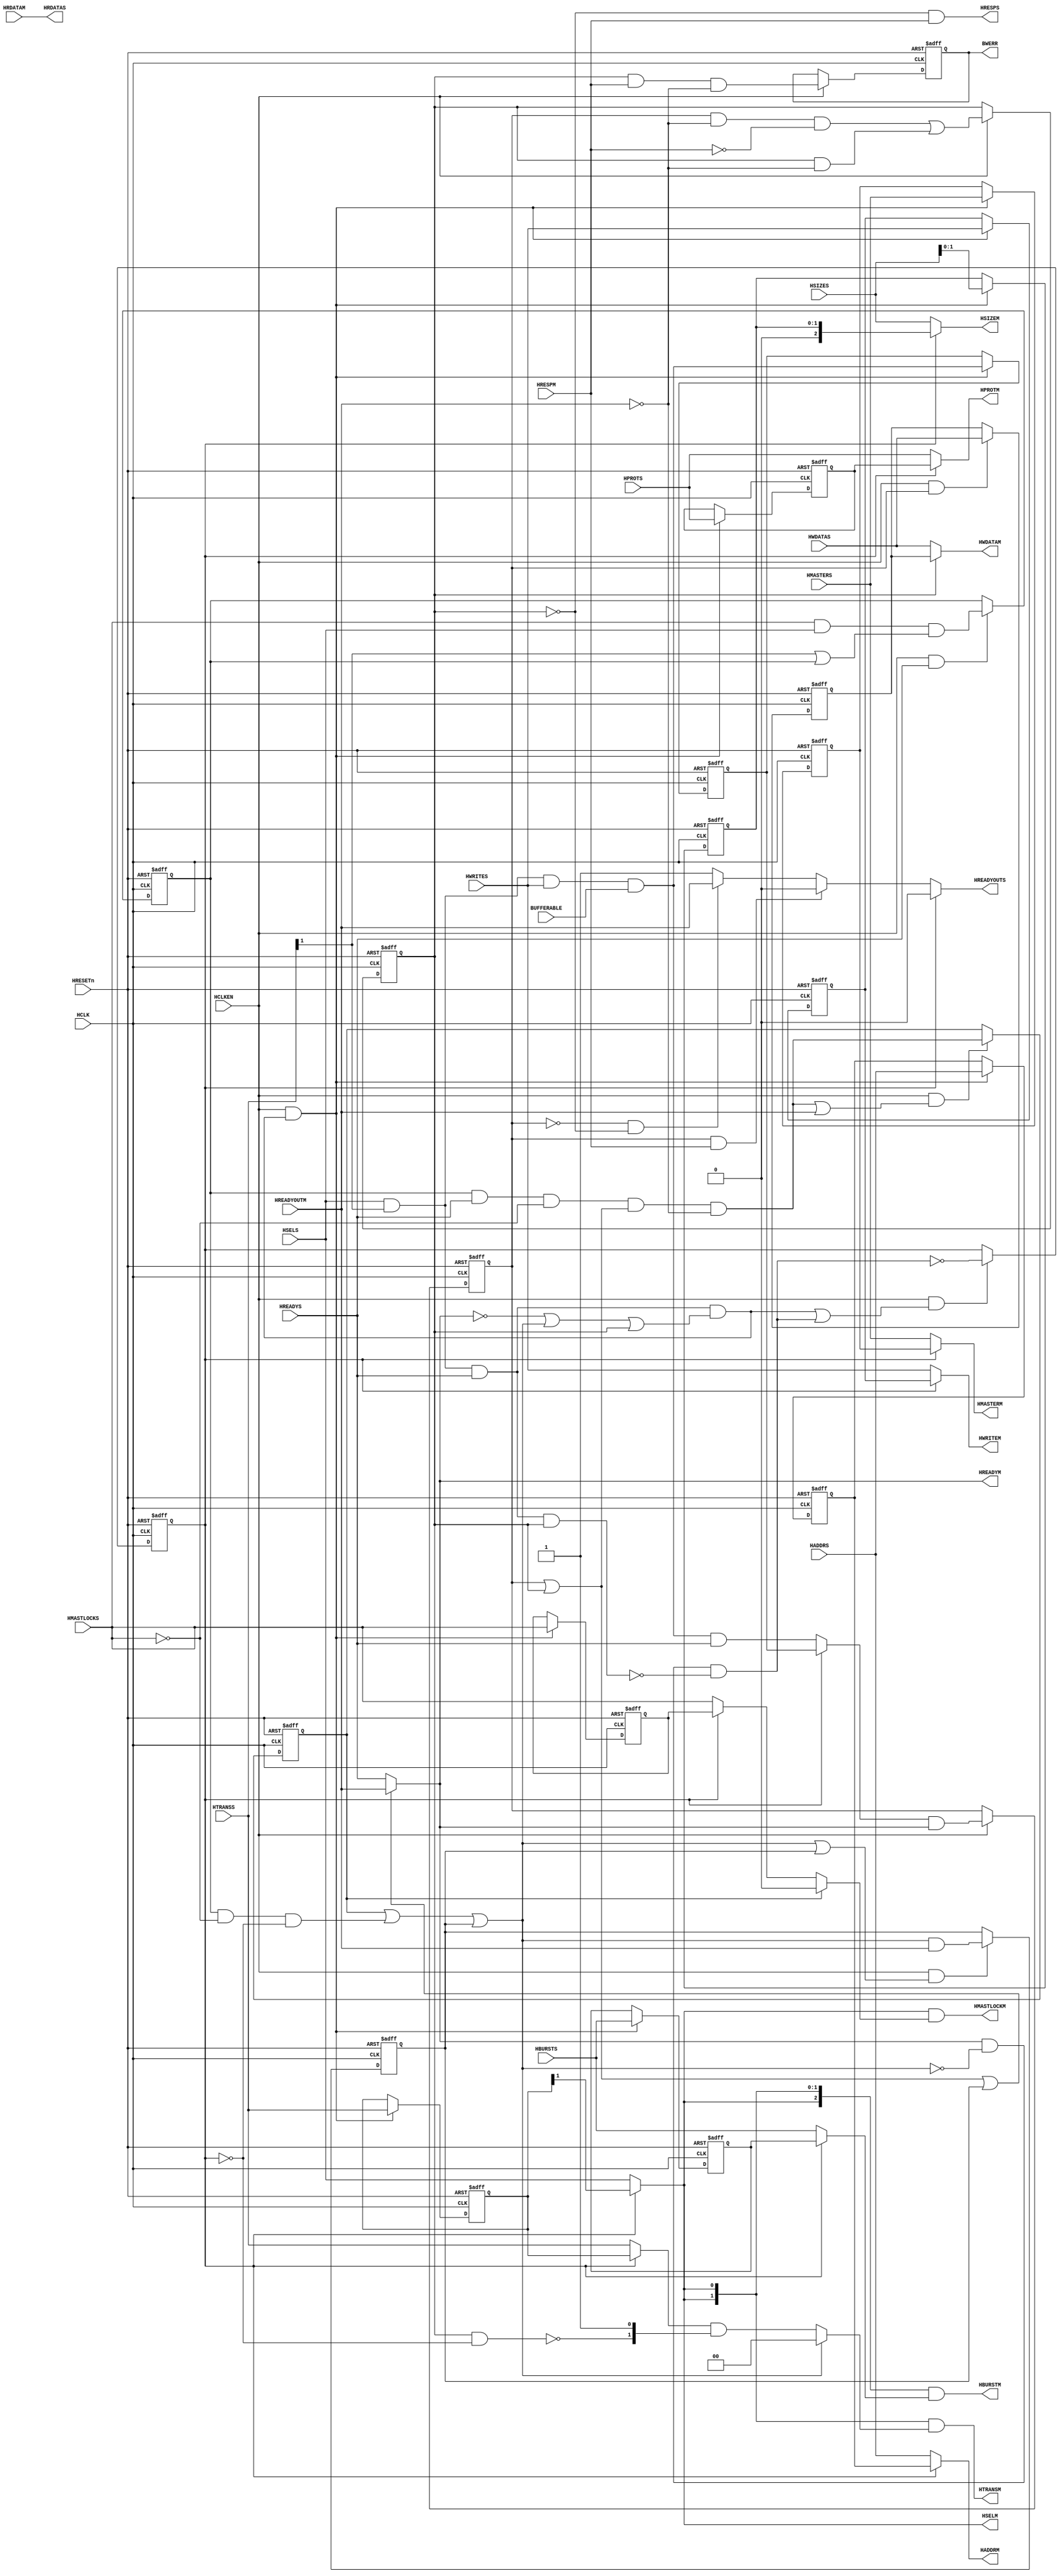
//-----------------------------------------------------------------------------
// The confidential and proprietary information contained in this file may
// only be used by a person authorised under and to the extent permitted
// by a subsisting licensing agreement from ARM Limited.
//
//            (C) COPYRIGHT 2011-2013 ARM Limited.
//                ALL RIGHTS RESERVED
//
// This entire notice must be reproduced on all copies of this file
// and copies of this file may only be made by a person if such person is
// permitted to do so under the terms of a subsisting license agreement
// from ARM Limited.
//
//      SVN Information
//
//      Checked In          : $Date: 2013-04-10 15:07:36 +0100 (Wed, 10 Apr 2013) $
//
//      Revision            : $Revision: 243494 $
//
//      Release Information : Cortex-M System Design Kit-r1p0-01rel0
//
//-----------------------------------------------------------------------------
//-----------------------------------------------------------------------------
// Abstract : AHB write buffer
//-----------------------------------------------------------------------------

module cmsdk_ahb_to_ahb_sync_wb
  #(
   // -------------------------------------------------------------------------
   // Parameters
   // -------------------------------------------------------------------------
   parameter       AW    = 32,  // Define the address width
   parameter       DW    = 32,  // Define the data width
   parameter       MW    = 4    // Define the master number width
   )
  (
  // --------------------------------------------------------------------------
  // I/O declaration
  // --------------------------------------------------------------------------
  input  wire           HCLK,       // Clock
  input  wire           HRESETn,    // Reset

  input  wire           HCLKEN,     // Clock enable signal to allow AHB operate at a divided clock speed

  input  wire           BUFFERABLE, // Indicate transfer is bufferable.
                                    // This can be abstracted from HPROT[2], or
                                    // alternatively this can be decode from memory address

  // AHB connection to master
  input  wire           HSELS,
  input  wire  [AW-1:0] HADDRS,
  input  wire     [1:0] HTRANSS,
  input  wire     [2:0] HSIZES,
  input  wire           HWRITES,
  input  wire           HREADYS,
  input  wire     [3:0] HPROTS,
  input  wire  [MW-1:0] HMASTERS,
  input  wire           HMASTLOCKS,
  input  wire  [DW-1:0] HWDATAS,
  input  wire     [2:0] HBURSTS,

  output wire           HREADYOUTS,
  output wire           HRESPS,
  output wire  [DW-1:0] HRDATAS,

  // AHB connection to slave
  output wire           HSELM,
  output wire  [AW-1:0] HADDRM,
  output wire     [1:0] HTRANSM,
  output wire     [2:0] HSIZEM,
  output wire           HWRITEM,
  output wire           HREADYM,
  output wire     [3:0] HPROTM,
  output wire  [MW-1:0] HMASTERM,
  output wire           HMASTLOCKM,
  output wire  [DW-1:0] HWDATAM,
  output wire     [2:0] HBURSTM,

  input  wire           HREADYOUTM,
  input  wire           HRESPM,
  input  wire  [DW-1:0] HRDATAM,

  output wire           BWERR);     // Bufferable write error signal, valid for one HCLK cycle

// Parameter to define behavior
localparam      AHB_COMPLIANT_LVL = 1; // Should be set to 1
// Level 0 - Not fully AHB compliant. Address phase signals appear on master port
//           might not follow AHB Lite protocol during switching of control path
//           when the write buffer is not selected.  It is not a problem provided
//           that the downstream AHB slaves ignore the address phase signals when
//           HSEL is low.
//           Also IDLE transfer do not get insert in unlocking.
// Level 1 - AHB Lite compliant. Transfers are masked if device is not selected.
//           This might affect timing (maximum frequency) and slightly increase the
//           area.
//           When changing from a locked transfer to an unlocked transfer, an
//           IDLE cycle will be inserted. (AMBA 3 recommendation)

  // --------------------------------------------------------------------------------
  // Derived parameters

  localparam       HSIZE_W   = (DW > 64) ? 3 : 2; // Width of HSIZE that need to be stored
  localparam       HSIZE_MAX = HSIZE_W - 1;       // MSB of HSIZE register

 // --------------------------------------------------------------------------------
 // Internal wires declarations
 // --------------------------------------------------------------------------------
  // Address phase buffer
  reg     [AW-1:0] reg_haddr;
  reg        [1:0] reg_htrans;
  reg              reg_hwrite;
  reg [HSIZE_MAX:0] reg_hsize;
  reg     [MW-1:0] reg_hmasters;
  reg              reg_hmastlocks;
  reg        [2:0] reg_hburst;
  reg        [3:0] reg_hprot;
  wire       [2:0] reg_hsize_padded;

  // write data buffer for buffered write
  reg     [DW-1:0] reg_hwdata;

  reg              reg_bufferable;    // Current transfer in buffer is a bufferable transfer
  wire             nxt_bufferable;    // next state of reg_bufferable
  wire             bufferable_m;      // Master side bufferable transfer (address phase)
  reg              reg_bufferable_m;  // Master side bufferable transfer (data phase)

  reg              reg_buf_pend;      // A transfer is held in address phase buffer
  wire             set_buf_pend;      // set reg_buf_pend
  wire             clr_buf_pend;      // clear reg_buf_pend

  reg              reg_bufwr_running; // Buffered write is running (data phase of buffered write)
  wire             nxt_bufwr_running; // next state for reg_bufwr_running

  reg              reg_locked_data_phase_s; // locked transfer on slave interface
  wire             nxt_locked_data_phase_s; // locked transfer on slave interface
  wire             unlock_s;                // unlock operation on slave interface

  reg              reg_unlock_idle_req;     // Unlock operation is required & downstream AHB have not seen the unlock yet
  wire             set_unlock_idle_req;     // Set control for reg_unlock_idle_req
  wire             clr_unlock_idle_req;     // Clear control for reg_unlock_idle_req

  reg              idle_injection_done;     // Data phase of idle injection
  wire             idle_injection_early;    // Suppress HTRANS when HMASTLOCK switch low when a locked transfer is running
  wire             idle_injection_now;      // Indicate idle injection is needed for unlocking
  wire             idle_injection_now_2;    // Indicate idle injection is needed delaying HTRANS going to downstream AHB

  wire             address_phase_output_sel; // Address phase signal output select.
                                             // 0 = bypass
                                             // 1 = from Address Phase buffer
  wire             trans_valid;       // Incoming Transfer valid
  wire             trans_valid_rdy;   // Incoming Transfer valid and HREADYS is 1 (accept)

  wire             hreadym_mux;       // Multiplexer for HREADYM sent back to downstream AHB slaves
  reg              hreadouts_mux;     // HREADYOUTS multiplexer feedback to master

  reg              reg_bwerr;         // Generate a one cycle pulse when a buffered write receive error
  wire             nxt_bwerr;

                                      // Signals to mask tansfers if AHB compliant is required
  wire             i_hsel;            // HSEL at output port
  wire       [1:0] i_htrans;          // internal version of HTRANS output before masking
  wire       [2:0] i_hburst;          // internal version of HBURST output before masking
  wire             i_hmastlock;       // internal version of HMASTLOCK output before masking
  // --------------------------------------------------------------------------------
  // Start of main code
  // --------------------------------------------------------------------------------

  assign    trans_valid     = HSELS & HTRANSS[1];
  assign    trans_valid_rdy = trans_valid & HREADYS;

  // Decide bufferable or non-bufferable
  // - Must be a valid write transfers
  // - Indicated as bufferable
  assign    nxt_bufferable  = trans_valid & HWRITES & BUFFERABLE;

  // Current transfer on AHB master interface (address phase) is bufferable
  assign    bufferable_m  = (address_phase_output_sel) ? reg_bufferable  : (nxt_bufferable & HREADYS);

  // Data phase on master interface is bufferable
  // (Valid only on the first cycle of the data phase)
  always @(posedge HCLK or negedge HRESETn)
    begin : p_reg_bufferable_m
    if (~HRESETn)
      reg_bufferable_m <= 1'b0;
    else if (HCLKEN)
      reg_bufferable_m <= bufferable_m & hreadym_mux;
    end

  // Bufferable write will not happen for transfer with zero wait state
  // or if the first cycle of the transfer got an error response.
  assign nxt_bufwr_running = (reg_bufferable_m  & (~HREADYOUTM) & (~HRESPM)) |
                             (reg_bufwr_running & (~HREADYOUTM));
                             // This signal is deasserted at the end of the transfer

  always @(posedge HCLK or negedge HRESETn)
    begin : p_reg_bufwr_running
    if (~HRESETn)
      reg_bufwr_running <= 1'b0;
    else if (HCLKEN)
      reg_bufwr_running <= nxt_bufwr_running;
    end

  //--------------------------------------------------------------------
  // Address phase buffer
  //   Store transfer in buffer if
  //    - device is selected and
  //    - HREADYS is high, and
  //    - downstream AHB slave has not accept the transfer
  always @(posedge HCLK or negedge HRESETn)
    begin : p_address_phase_buffers
     if (~HRESETn)
       begin
       reg_haddr       <= {AW{1'b0}};
       reg_htrans      <= {2{1'b0}};
       reg_hwrite      <= 1'b0;
       reg_hsize       <= {HSIZE_W{1'b0}};
       reg_hmasters    <= {MW{1'b0}};
       reg_hmastlocks  <= 1'b0;
       reg_hburst      <= {3{1'b0}};
       reg_hprot       <= {4{1'b0}};
       reg_bufferable  <= 1'b0;
       end
     else if (HCLKEN & set_buf_pend)
       begin
       reg_haddr       <= HADDRS;
       reg_htrans      <= HTRANSS;
       reg_hwrite      <= HWRITES;
       reg_hsize       <= HSIZES[HSIZE_MAX:0];
       reg_hmasters    <= HMASTERS;
       reg_hmastlocks  <= HMASTLOCKS;
       reg_hburst      <= HBURSTS;
       reg_hprot       <= HPROTS;
       reg_bufferable  <= nxt_bufferable;
       end
    end

  // Add padding to store HSIZE if needed
  assign reg_hsize_padded[2]   = (DW > 64) ? reg_hsize[HSIZE_MAX] : 1'b0;
  assign reg_hsize_padded[1:0] = reg_hsize[1:0];

  // Set reg_buf_pend when a transfer is loaded into the hold buffer
  //  which happen when a new transfer is being accepted (trans_valid_rdy=1), and
  //  if (1) there is wait state on the slave side (e.g. buffered write still on going),
  //     (2) idle is being injected
  assign set_buf_pend = (trans_valid_rdy & ((~hreadym_mux) | idle_injection_now | reg_bufwr_running));

  // Clear reg_buf_pend when a held transfer is output to the downstrem AHB slaves.
  // Note: If idle_injection_now is 1, then current output is idle, so not not clear the
  //       reg_buf_pend
  assign clr_buf_pend = hreadym_mux & (~idle_injection_now) & (~ (trans_valid_rdy & reg_bufwr_running));

  // Register buffer filled status
  always @(posedge HCLK or negedge HRESETn)
    begin : p_reg_buf_pend
    if (~HRESETn)
      reg_buf_pend <= 1'b0;
    else if (HCLKEN & (set_buf_pend | clr_buf_pend))
      reg_buf_pend <= ~clr_buf_pend;  // Clear has higher priority
    end

  assign address_phase_output_sel = reg_buf_pend;

  //--------------------------------------------------------------------
  // Unlock Idle insertion - enable when AHB_COMPLIANT_LVL localparam is non-zero

  wire idle_inject_enable = (AHB_COMPLIANT_LVL!= 0);

  // first - determine lock transfer sequence (Note: idle can be part of a locked transfers)
  assign nxt_locked_data_phase_s = HMASTLOCKS & HSELS & (HTRANSS[1] | reg_locked_data_phase_s) & idle_inject_enable;

  always @(posedge HCLK or negedge HRESETn)
    begin : p_reg_locked_data_phase_s
    if (~HRESETn)
      reg_locked_data_phase_s <= 1'b0;
    else if (HCLKEN & HREADYS)
      reg_locked_data_phase_s <= nxt_locked_data_phase_s;
    end

  // Detection of unlock operation from upstream AHB
  assign unlock_s = reg_locked_data_phase_s & HREADYS & (~HMASTLOCKS) & idle_inject_enable;

  // Detect if unlock idle transfer is required
  // - unlocking take place, but
  // - down stream AHB couldn't see it as buffered write still on going
  assign set_unlock_idle_req = unlock_s & (reg_bufferable_m|reg_bufwr_running) & (~HREADYOUTM);

  assign clr_unlock_idle_req = HREADYOUTM;

  // Registering unlock request - assert after transfer is commited.
  // When the unlocked transfer is in the holding buffer, this is set to 1
  always @(posedge HCLK or negedge HRESETn)
    begin : p_reg_unlock_idle_req
    if (~HRESETn)
      reg_unlock_idle_req <= 1'b0;
    else if (HCLKEN & (set_unlock_idle_req|clr_unlock_idle_req))
      reg_unlock_idle_req <= set_unlock_idle_req;
    end

  // If a valid unlocking transfer come up, they need to be
  // blocked so that we can carry out unlock IDLE operation first.
  // - locked transfer data phase is running (reg_locked_data_phase_s=1)
  // - new transfer is unlock
  // - Current output stage is not output transfer from stored buffer
  // - Idle injection is enabled
  assign idle_injection_early = reg_locked_data_phase_s & (~HMASTLOCKS) & (~reg_buf_pend) & idle_inject_enable;

  // When this is set, downstream AHB will see IDLE transfer
  // - unlocking transfer is in holding buffer, or
  // - unlocking transfer is from up stream AHB and there is nothing in holding buffer
  assign idle_injection_now = reg_unlock_idle_req | idle_injection_early  | idle_injection_done;
  // When buffered write is on going, bus master can have active transfer going to downstream AHB
  // At this stage, HREADYM (to downstream AHB slaves) will reflect HREADYOUTM (input).
  // However, HREADYS can be low due to a previous transfer to another AHB slave (parallel to the write buffer)
  // and therefore should not be transferred to downstream AHB until the transfer has been committed.
  // Therefore we block HTRANSM to IDLE/BUSY suring buffered write (unless reg_buf_pend is high
  // showing that the transfer is committed.
  assign idle_injection_now_2 = (reg_bufwr_running & (~reg_buf_pend));

  // Registering unlock request to data phase
  always @(posedge HCLK or negedge HRESETn)
    begin : p_idle_injection_done
    if (~HRESETn)
      idle_injection_done <= 1'b0;
    else if (HCLKEN & (idle_injection_now | idle_injection_done))
      idle_injection_done <= idle_injection_now & HREADYOUTM & idle_inject_enable;
    end

  //--------------------------------------------------------------------
  // Output transfer in buffer when buffer is filled

  // Output address phase signals
  assign HADDRM      = (address_phase_output_sel) ? reg_haddr       : HADDRS;
  assign i_htrans    = (idle_injection_now) ? 2'b00 :
         ( ((address_phase_output_sel) ? reg_htrans : HTRANSS) &
           {(~idle_injection_now_2), 1'b1} );
  assign HWRITEM     = (address_phase_output_sel) ? reg_hwrite      : HWRITES;
  assign HSIZEM      = (address_phase_output_sel) ? reg_hsize_padded: HSIZES;
  assign HMASTERM    = (address_phase_output_sel) ? reg_hmasters    : HMASTERS;
  assign i_hmastlock = (reg_unlock_idle_req)   ? 1'b0 :
                       (address_phase_output_sel) ? reg_hmastlocks  : HMASTLOCKS;
  assign i_hburst    = (address_phase_output_sel) ? reg_hburst      : HBURSTS;
  assign HPROTM      = (address_phase_output_sel) ? reg_hprot       : HPROTS;
  assign i_hsel      = (address_phase_output_sel) ? reg_htrans[1]   : HSELS;

  // Mask transfers if not selected if AHB_COMPLIANT_LVL is non-zero (require compliant).
  // When buffered write is on going, any transfer can appear on the slave interface
  // (driven by up stream AHB) because transfers to other device can start without
  // waiting for current transfer to finish. This will result in protocol violation
  // unless we mask out the transfers which are not selecting the write buffer (HSEL=0).
  assign HSELM       = i_hsel;
  assign HTRANSM     = (AHB_COMPLIANT_LVL==0) ? i_htrans : (({2{i_hsel}}) & i_htrans);
  assign HBURSTM     = (AHB_COMPLIANT_LVL==0) ? i_hburst : (({3{i_hsel}}) & i_hburst);
  assign HMASTLOCKM  = (AHB_COMPLIANT_LVL==0) ? i_hmastlock : (i_hsel & i_hmastlock);
  //--------------------------------------------------------------------
  // Response to master

  // Generate HREADYOUT back to the upstream AHB
  always @(reg_buf_pend or reg_bufferable_m or HRESPM or reg_bufwr_running or HREADYOUTM)
   begin : p_hreadouts_mux
   if (reg_buf_pend)
     hreadouts_mux = 1'b0;  // Wait if a transfer is held in buffer (also cover idle insert)
   else if (reg_bufferable_m & HRESPM)
     hreadouts_mux = 1'b0;  // First cycle of bufferable transfer got error
   else if ((~reg_bufferable_m) & (~reg_bufwr_running))
     hreadouts_mux = HREADYOUTM;  // Non-bufferable transfers
   else // reg_bufferable_m (first cycle) or reg_bufwr_running (remaining cycles) of
        // bufferable transfer
     hreadouts_mux = 1'b1;
   end

  assign HREADYOUTS  = hreadouts_mux; // See above
  assign HRDATAS     = HRDATAM;  // No change for read data
  assign HRESPS      = (~reg_bufwr_running) & HRESPM;  // Suppress error response during buffered write

  //--------------------------------------------------------------------
  // HREADYM seen by downstream AHB slaves
  // Use HREADYOUTM if
  // - during 1st cycle of bufferable write
  // - during rest of bufferable write
  // - data phase of idle inject (unlocking)
  // Otherwise route HREADYS
  assign hreadym_mux = (reg_bufferable_m | reg_bufwr_running  | idle_injection_done) ?
                        HREADYOUTM : HREADYS;

  // Connect to top level
  assign HREADYM     = hreadym_mux;

  //--------------------------------------------------------------------
  // Write data buffer - capture write data in the first cycle of bufferable write
  always @(posedge HCLK or negedge HRESETn)
    begin : p_reg_hwdata
    if (~HRESETn)
      reg_hwdata <= {DW{1'b0}};
    else if (HCLKEN & reg_bufferable_m)
      reg_hwdata <= HWDATAS;
    end

  // Output data in write data buffer during buffered write
  assign HWDATAM = (reg_bufwr_running) ? reg_hwdata : HWDATAS;

  //--------------------------------------------------------------------
  // Generate error pulse in buffered write
  //   - the nxt_bwerr is asserted in the first cycle of the error
  //   - the reg_bwerr is the registered output, which assert at the 2nd cycle
  //     of the error response
  assign nxt_bwerr = reg_bufwr_running & HRESPM & ~HREADYOUTM;

  always @(posedge HCLK or negedge HRESETn)
    begin : p_reg_bwerr
    if (~HRESETn)
      reg_bwerr <= 1'b0;
    else if (HCLKEN)
      reg_bwerr <= nxt_bwerr;
    end

  // Connect to top level
  assign BWERR = reg_bwerr;

 // --------------------------------------------------------------------------------
 // Assertion property
 // --------------------------------------------------------------------------------
`ifdef ARM_AHB_ASSERT_ON
`include "std_ovl_defines.h"

  // when reg_buf_pend is one, HREADYOUTS should be low and
  // therefore trans_valid_rdy should be low
  assert_never
    #(`OVL_ERROR,`OVL_ASSERT,
      "trans_valid_rdy should not be asserted when reg_buf_pend is 1")
  u_ovl_trans_valid_rdy
    (.clk(HCLK), .reset_n(HRESETn),
     .test_expr(trans_valid_rdy & reg_buf_pend & HCLKEN)
     );

  // Signal to indicate data phase on AHB master side
  reg   ovl_reg_data_phase_m;
  wire  ovl_nxt_data_phase_m;

  // OVL Status signals for upstream AHB slave side
  reg   ovl_reg_data_phase_s;
  wire  ovl_nxt_data_phase_s;
  reg   ovl_reg_data_phase_read;
  wire  ovl_nxt_data_phase_read;
  reg   ovl_reg_data_phase_write_bufferable;
  wire  ovl_nxt_data_phase_write_bufferable;
  reg   ovl_reg_data_phase_write_nonbufferable;
  wire  ovl_nxt_data_phase_write_nonbufferable;

  assign  ovl_nxt_data_phase_m      = HSELM & HTRANSM[1]; // master interface side (down stream)
  assign  ovl_nxt_data_phase_s      = trans_valid;        // slave  interface side (up stream)
  assign  ovl_nxt_data_phase_read   = trans_valid & (~HWRITES);
  assign  ovl_nxt_data_phase_write_bufferable    = trans_valid & HWRITES &   BUFFERABLE;
  assign  ovl_nxt_data_phase_write_nonbufferable = trans_valid & HWRITES & (~BUFFERABLE);

  // Indicate data phase in Up stream AHB (S)
  always @(posedge HCLK or negedge HRESETn)
    begin
    if (~HRESETn)
      begin
      ovl_reg_data_phase_s                    <= 1'b0;
      ovl_reg_data_phase_read                 <= 1'b0;
      ovl_reg_data_phase_write_bufferable     <= 1'b0;
      ovl_reg_data_phase_write_nonbufferable  <= 1'b0;
      end
    else if (HCLKEN & HREADYS)
      begin
      ovl_reg_data_phase_s                    <= ovl_nxt_data_phase_s;
      ovl_reg_data_phase_read                 <= ovl_nxt_data_phase_read;
      ovl_reg_data_phase_write_bufferable     <= ovl_nxt_data_phase_write_bufferable;
      ovl_reg_data_phase_write_nonbufferable  <= ovl_nxt_data_phase_write_nonbufferable;
      end
    end

  // Indicate data phase in down stream AHB (M)
  always @(posedge HCLK or negedge HRESETn)
    begin
    if (~HRESETn)
      ovl_reg_data_phase_m   <= 1'b0;
    else if (HCLKEN & HREADYM)
      ovl_reg_data_phase_m   <= ovl_nxt_data_phase_m;
    end

  reg   [3:0]  ovl_reg_outstanding_counter;
  reg   [3:0]  ovl_nxt_outstanding_counter;
  wire         ovl_outstanding_counter_up   = ovl_reg_data_phase_s & HREADYOUTS;
  wire         ovl_outstanding_counter_down = ovl_reg_data_phase_m & HREADYOUTM;

  // Check outstanding transfer
  always @(ovl_reg_outstanding_counter or ovl_outstanding_counter_up or
          ovl_outstanding_counter_down)
  begin
  case ({ovl_outstanding_counter_up, ovl_outstanding_counter_down})
    2'b00 : ovl_nxt_outstanding_counter = ovl_reg_outstanding_counter;
    2'b01 : if (ovl_reg_outstanding_counter != 4'h0) ovl_nxt_outstanding_counter = ovl_reg_outstanding_counter - 1'b1; else ovl_nxt_outstanding_counter = ovl_reg_outstanding_counter;
    2'b10 : if (ovl_reg_outstanding_counter != 4'hf) ovl_nxt_outstanding_counter = ovl_reg_outstanding_counter + 1'b1; else ovl_nxt_outstanding_counter = ovl_reg_outstanding_counter;
    2'b11 : ovl_nxt_outstanding_counter = ovl_reg_outstanding_counter;
    default : ovl_nxt_outstanding_counter = 4'hx;
  endcase
  end

  // Register outstanding counter
  always @(posedge HCLK or negedge HRESETn)
    begin
    if (~HRESETn)
      ovl_reg_outstanding_counter   <= {4{1'b0}};
    else if (HCLKEN)
      ovl_reg_outstanding_counter   <= ovl_nxt_outstanding_counter;
    end

  // The buffer depth can only be 0 or 1
  assert_always
    #(`OVL_ERROR,`OVL_ASSERT,
      "Buffer depth error")
  u_ovl_buffer_depth_error
    (.clk(HCLK), .reset_n(HRESETn),
     .test_expr(ovl_reg_outstanding_counter < 4'h2)
     );

  // OVL signals to record last AHB-S address phase
  reg  [AW-1:0]  ovl_reg_haddrs;
  reg     [1:0]  ovl_reg_htranss;
  reg            ovl_reg_hwrites;
  reg     [2:0]  ovl_reg_hsizes;
  reg  [MW-1:0]  ovl_reg_hmasters;
  reg            ovl_reg_hmastlocks;
  reg     [2:0]  ovl_reg_hbursts;
  reg     [3:0]  ovl_reg_hprots;
  reg            ovl_reg_hsels;

  // Capture last AHB transfer on AHB slave interface
  always @(posedge HCLK or negedge HRESETn)
    begin
    if (~HRESETn)
      begin
      ovl_reg_haddrs    <= {AW{1'b0}};
      ovl_reg_htranss   <= {2{1'b0}};
      ovl_reg_hwrites   <= 1'b0;
      ovl_reg_hsizes    <= {3{1'b0}};
      ovl_reg_hmasters  <= {MW{1'b0}};
      ovl_reg_hmastlocks<= 1'b0;
      ovl_reg_hbursts   <= {3{1'b0}};
      ovl_reg_hprots    <= {4{1'b0}};
      ovl_reg_hsels     <= 1'b0;
      end
    else if (HCLKEN & HREADYS)
      begin
      ovl_reg_haddrs    <= HADDRS;
      ovl_reg_htranss   <= HTRANSS;
      ovl_reg_hwrites   <= HWRITES;
      ovl_reg_hsizes    <= HSIZES;
      ovl_reg_hmasters  <= HMASTERS;
      ovl_reg_hmastlocks<= HMASTLOCKS;
      ovl_reg_hbursts   <= HBURSTS;
      ovl_reg_hprots    <= HPROTS;
      ovl_reg_hsels     <= HSELS;
      end
    end


  // OVL signals to record last AHB-M address phase
  reg  [AW-1:0]  ovl_reg_haddrm;
  reg     [1:0]  ovl_reg_htransm;
  reg            ovl_reg_hwritem;
  reg     [2:0]  ovl_reg_hsizem;
  reg  [MW-1:0]  ovl_reg_hmasterm;
  reg            ovl_reg_hmastlockm;
  reg     [2:0]  ovl_reg_hburstm;
  reg     [3:0]  ovl_reg_hprotm;
  reg            ovl_reg_hselm;

  // Capture last AHB transfer on AHB master interface
  always @(posedge HCLK or negedge HRESETn)
    begin
    if (~HRESETn)
      begin
      ovl_reg_haddrm    <= {AW{1'b0}};
      ovl_reg_htransm   <= {2{1'b0}};
      ovl_reg_hwritem   <= 1'b0;
      ovl_reg_hsizem    <= {3{1'b0}};
      ovl_reg_hmasterm  <= {MW{1'b0}};
      ovl_reg_hmastlockm<= 1'b0;
      ovl_reg_hburstm   <= {3{1'b0}};
      ovl_reg_hprotm    <= {4{1'b0}};
      ovl_reg_hselm     <= 1'b0;
      end
    else if (HCLKEN & HREADYM)
      begin
      ovl_reg_haddrm    <= HADDRM;
      ovl_reg_htransm   <= HTRANSM;
      ovl_reg_hwritem   <= HWRITEM;
      ovl_reg_hsizem    <= HSIZEM;
      ovl_reg_hmasterm  <= HMASTERM;
      ovl_reg_hmastlockm<= HMASTLOCKM;
      ovl_reg_hburstm   <= HBURSTM;
      ovl_reg_hprotm    <= HPROTM;
      ovl_reg_hselm     <= HSELM;
      end
    end

  // Signal to indicate first cycle of data phase transfer in master interface
  wire           ovl_nxt_1st_cycle_m;
  reg            ovl_reg_1st_cycle_m;
  assign         ovl_nxt_1st_cycle_m = HSELM & HTRANSM[1] & HREADYM;

  always @(posedge HCLK or negedge HRESETn)
    begin
    if (~HRESETn)
      ovl_reg_1st_cycle_m <= 1'b0;
    else if (HCLKEN)
      ovl_reg_1st_cycle_m <= ovl_nxt_1st_cycle_m;
    end


   // Check during a read or non-buffered write, or start of any transfer at master side, HADDR should match
   assert_implication
     #(`OVL_ERROR,`OVL_ASSERT,
       "HADDR mismatch")
   u_ovl_haddr_mismatch
     (.clk(HCLK), .reset_n(HRESETn),
      .antecedent_expr(((ovl_reg_data_phase_read|ovl_reg_data_phase_write_nonbufferable) & (HREADYS & HCLKEN))|ovl_reg_1st_cycle_m),
      .consequent_expr(ovl_reg_haddrs==ovl_reg_haddrm)
      );

   // Check during a read or non-buffered write, or start of any transfer at master side, HTRANS should match
   assert_implication
     #(`OVL_ERROR,`OVL_ASSERT,
       "HTRANS mismatch")
   u_ovl_htrans_mismatch
     (.clk(HCLK), .reset_n(HRESETn),
      .antecedent_expr((((ovl_reg_data_phase_read|ovl_reg_data_phase_write_nonbufferable) & (HREADYS & HCLKEN))|ovl_reg_1st_cycle_m) &
      (~(idle_injection_now|idle_injection_now_2))),
      .consequent_expr(ovl_reg_htranss==ovl_reg_htransm)
      );

   // Check during a read or non-buffered write, or start of any transfer at master side, HWRITE should match
   assert_implication
     #(`OVL_ERROR,`OVL_ASSERT,
       "HWRITE mismatch")
   u_ovl_hwrite_mismatch
     (.clk(HCLK), .reset_n(HRESETn),
      .antecedent_expr(((ovl_reg_data_phase_read|ovl_reg_data_phase_write_nonbufferable) & (HREADYS & HCLKEN))|ovl_reg_1st_cycle_m),
      .consequent_expr(ovl_reg_hwrites==ovl_reg_hwritem)
      );

   // Check during a read or non-buffered write, or start of any transfer at master side,
   // or start of any transfer at master side, HMASTER should match
   assert_implication
     #(`OVL_ERROR,`OVL_ASSERT,
       "HMASTER mismatch")
   u_ovl_hmaster_mismatch
     (.clk(HCLK), .reset_n(HRESETn),
      .antecedent_expr(((ovl_reg_data_phase_read|ovl_reg_data_phase_write_nonbufferable) & (HREADYS & HCLKEN))|ovl_reg_1st_cycle_m),
      .consequent_expr(ovl_reg_hmasters==ovl_reg_hmasterm)
      );

   // Check during a read or non-buffered write, or start of any transfer at master side, HSIZE should match
   assert_implication
     #(`OVL_ERROR,`OVL_ASSERT,
       "HSIZE mismatch")
   u_ovl_hsize_mismatch
     (.clk(HCLK), .reset_n(HRESETn),
      .antecedent_expr(((ovl_reg_data_phase_read|ovl_reg_data_phase_write_nonbufferable) & (HREADYS & HCLKEN))|ovl_reg_1st_cycle_m),
      .consequent_expr(ovl_reg_hsizes==ovl_reg_hsizem)
      );

   // Check during a read or non-buffered write, or start of any transfer at master side, HMASTLOCK should match
   assert_implication
     #(`OVL_ERROR,`OVL_ASSERT,
       "HMASTLOCK mismatch")
   u_ovl_hmastlock_mismatch
     (.clk(HCLK), .reset_n(HRESETn),
      .antecedent_expr(((ovl_reg_data_phase_read|ovl_reg_data_phase_write_nonbufferable) & (HREADYS & HCLKEN))|ovl_reg_1st_cycle_m),
      .consequent_expr(ovl_reg_hmastlocks==ovl_reg_hmastlockm)
      );

   // Check during a read or non-buffered write, or start of any transfer at master side, HBURST should match
   assert_implication
     #(`OVL_ERROR,`OVL_ASSERT,
       "HBURST mismatch")
   u_ovl_hburst_mismatch
     (.clk(HCLK), .reset_n(HRESETn),
      .antecedent_expr(((ovl_reg_data_phase_read|ovl_reg_data_phase_write_nonbufferable) & (HREADYS & HCLKEN))|ovl_reg_1st_cycle_m),
      .consequent_expr(ovl_reg_hbursts==ovl_reg_hburstm)
      );

   // Check during a read or non-buffered write, or start of any transfer at master side, HPROT should match
   assert_implication
     #(`OVL_ERROR,`OVL_ASSERT,
       "HPROT mismatch")
   u_ovl_hprot_mismatch
     (.clk(HCLK), .reset_n(HRESETn),
      .antecedent_expr(((ovl_reg_data_phase_read|ovl_reg_data_phase_write_nonbufferable) & (HREADYS & HCLKEN))|ovl_reg_1st_cycle_m),
      .consequent_expr(ovl_reg_hprots==ovl_reg_hprotm)
      );

   // Check during a read or non-buffered write, or start of any transfer at master side, HSEL should match
   assert_implication
     #(`OVL_ERROR,`OVL_ASSERT,
       "HSEL mismatch")
   u_ovl_hsel_mismatch
     (.clk(HCLK), .reset_n(HRESETn),
      .antecedent_expr(((ovl_reg_data_phase_read|ovl_reg_data_phase_write_nonbufferable) & (HREADYS & HCLKEN))|ovl_reg_1st_cycle_m),
      .consequent_expr(ovl_reg_hsels==ovl_reg_hselm)
      );

   // Check during a read or non-buffered write, HRESP should match
   assert_implication
     #(`OVL_ERROR,`OVL_ASSERT,
       "HRESP mismatch in read or non-bufferable write")
   u_ovl_hresp_mismatch_read_non_buffered_write
     (.clk(HCLK), .reset_n(HRESETn),
      .antecedent_expr(((ovl_reg_data_phase_read|ovl_reg_data_phase_write_nonbufferable) & HREADYS) & HCLKEN),
      .consequent_expr(HRESPS==HRESPM)
      );


  //  if it is a bufferable transfer, it should get no wait state unless
  //  - error response is received
  //  - another on going transfer is taken place
   assert_implication
     #(`OVL_ERROR,`OVL_ASSERT,
       "bufferable write should have no wait state if possible")
   u_ovl_no_wait_state_for_bufferable_write
     (.clk(HCLK), .reset_n(HRESETn),
      .antecedent_expr(ovl_reg_data_phase_write_bufferable & (~HRESPS) & (~reg_buf_pend) & HCLKEN),
      .consequent_expr(HREADYOUTS==1'b1)
      );

  // reg_bufferable_m and reg_bufwr_running should not be asserted in the same cycle
  assert_never
    #(`OVL_ERROR,`OVL_ASSERT,
      "reg_bufferable_m and reg_bufwr_running should not be asserted in the same cycle")
  u_ovl_reg_bufwr_running_chk_1
    (.clk(HCLK), .reset_n(HRESETn),
     .test_expr(reg_bufferable_m & reg_bufwr_running)
     );

  // At the end of a non-bufferable transfer, HWDATA should be from bus master
  // Note : do not check data because data from CPU can be X
  assert_implication
    #(`OVL_ERROR,`OVL_ASSERT,
      "reg_bufferable_m and reg_bufwr_running should not be asserted in the same cycle")
  u_ovl_non_bufferable_write_data
    (.clk(HCLK), .reset_n(HRESETn),
      .antecedent_expr(ovl_reg_data_phase_write_nonbufferable & HREADYOUTS & HCLKEN),
      .consequent_expr(reg_bufwr_running==1'b0)
     );

  // BWERR must be asserted when an error response is received, but is not
  // propagated to upstream AHB due to buffered write operation
  assert_next
    #(`OVL_ERROR, 1,1,0, `OVL_ASSERT, "Error response missing")
  u_ovl_bwerr_generation
    (.clk         (HCLK),
     .reset_n     (HRESETn),
     .start_event ((HRESPM & (~HREADYOUTM) & (~HRESPS) & HCLKEN)|  // Set to high when error response occurred
                   (BWERR & (~HCLKEN))),                           // Remain high when HCLKEN is low
     .test_expr   (BWERR)
     );

  // Constraint on HMASTLOCKS
  reg         ovl_reg_last_hmastlocks_d1;
  reg         ovl_reg_last_hreadys_d1;
  reg  [1:0]  ovl_reg_last_htranss_d1;

  always @(posedge HCLK or negedge HRESETn)
    begin
    if (~HRESETn)
      begin
      ovl_reg_last_hmastlocks_d1 <= 1'b0;
      ovl_reg_last_hreadys_d1    <= 1'b1;
      ovl_reg_last_htranss_d1    <= {2{1'b0}};
      end
    else if (HCLKEN)
      begin
      ovl_reg_last_hmastlocks_d1 <= HMASTLOCKS;
      ovl_reg_last_hreadys_d1    <= HREADYS;
      ovl_reg_last_htranss_d1    <= HTRANSS;
      end
    end

  // HMASTLOCKS should not change after there is an announced transfer
  assert_implication
    #(`OVL_ERROR,`OVL_ASSERT,
      "HMASTLOCKS should not change after there is an announced transfer")
  u_ovl_hmastlock_constraint
    (.clk(HCLK), .reset_n(HRESETn),
     .antecedent_expr(ovl_reg_last_htranss_d1[1] & HTRANSS[1] & (~ovl_reg_last_hreadys_d1) & HCLKEN),
     .consequent_expr(HMASTLOCKS == ovl_reg_last_hmastlocks_d1)
     );

 `endif

endmodule